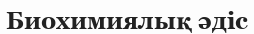
Биохимиялық әдіс